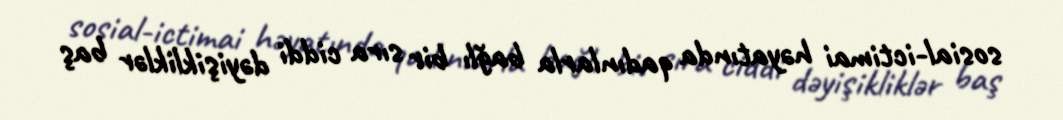
sosial-ictimai həyatında qadınlarla bağlı bir sıra ciddi dəyişikliklər baş